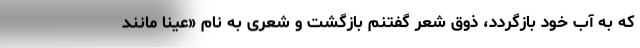
که به آب خود بازگردد، ذوق شعر گفتنم بازگشت و شعری به نام «عیناً مانند